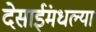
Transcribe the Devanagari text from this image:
देसाईंमधल्या